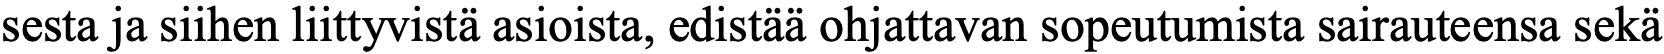
sesta ja siihen liittyvistä asioista, edistää ohjattavan sopeutumista sairauteensa sekä